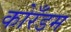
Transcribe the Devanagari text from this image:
कोरँडम